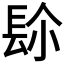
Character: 𨱯